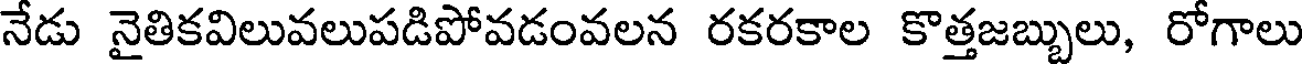
నేడు నైతికవిలువలుపడిపోవడంవలన రకరకాల కొత్తజబ్బులు, రోగాలు